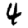
Digit: 4